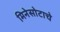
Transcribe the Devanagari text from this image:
मिनेसोटाचे